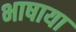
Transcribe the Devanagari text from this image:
भाषाया